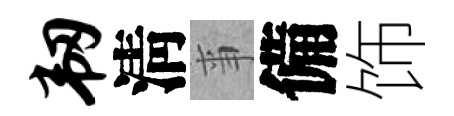
韧淸亊備饰